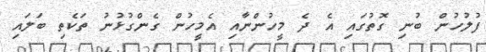
ފުލުހުން ބުނި ގޮތުގައި އެ ދެ މީހުންނާއި އެމީހުން ގެންގުޅުނު ތަކެތި ބަލައި